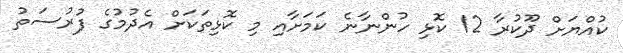
ކުއްޔަށް ދޫކުރާ 12 ކޮޅި ހުންނާނެ ކަމަށާއި މި ކޮޅިތަކަށް އެދުމުގެ ފުރުސަތު